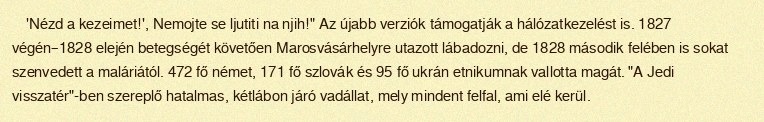
'Nézd a kezeimet!', Nemojte se ljutiti na njih!" Az újabb verziók támogatják a hálózatkezelést is. 1827 végén–1828 elején betegségét követően Marosvásárhelyre utazott lábadozni, de 1828 második felében is sokat szenvedett a maláriától. 472 fő német, 171 fő szlovák és 95 fő ukrán etnikumnak vallotta magát. "A Jedi visszatér"-ben szereplő hatalmas, kétlábon járó vadállat, mely mindent felfal, ami elé kerül.